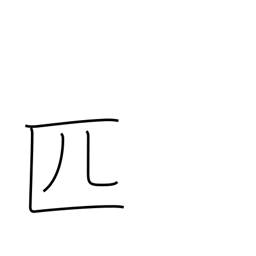
Meaning: roll of cloth